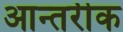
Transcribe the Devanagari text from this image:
आन्तरीक